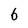
Character: 6